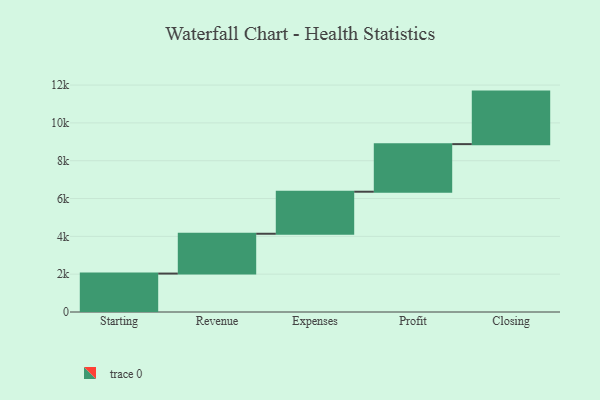
{"axis": {"x": "Step", "y": "Value"}, "legend": [""], "data": [{"x": "Starting", "y": 2032.0, "type": ""}, {"x": "Revenue", "y": 2106.0, "type": ""}, {"x": "Expenses", "y": 2223.0, "type": ""}, {"x": "Profit", "y": 2516.0, "type": ""}, {"x": "Closing", "y": 2778.0, "type": ""}]}